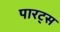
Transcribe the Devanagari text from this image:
पारट्स